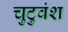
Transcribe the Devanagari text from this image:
चुटुवंश